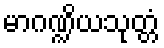
မာဂဏ္ဍိယသုတ္တံ